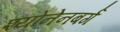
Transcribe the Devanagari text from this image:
श्योनेनबर्ग